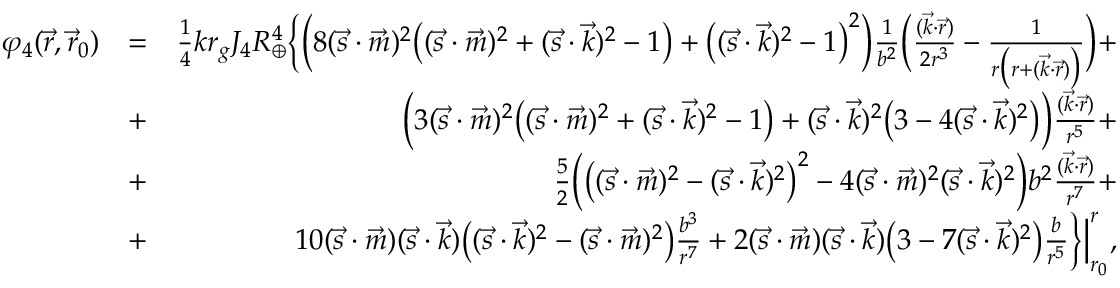
\begin{array} { r l r } { \varphi _ { 4 } ( \vec { r } , \vec { r } _ { 0 } ) } & { = } & { { \textstyle \frac { 1 } { 4 } } k r _ { g } J _ { 4 } R _ { \oplus } ^ { 4 } \Big \{ \Big ( 8 ( \vec { s } \cdot \vec { m } ) ^ { 2 } \big ( ( { \vec { s } } \cdot { \vec { m } } ) ^ { 2 } + ( { \vec { s } } \cdot { \vec { k } } ) ^ { 2 } - 1 \big ) + \big ( ( { \vec { s } } \cdot { \vec { k } } ) ^ { 2 } - 1 \big ) ^ { 2 } \Big ) \frac { 1 } { b ^ { 2 } } \Big ( \frac { ( \vec { k } \cdot \vec { r } ) } { 2 r ^ { 3 } } - \frac { 1 } { r \big ( r + ( { \vec { k } } \cdot { \vec { r } } ) \big ) } \Big ) + } \\ & { + } & { \Big ( 3 ( \vec { s } \cdot \vec { m } ) ^ { 2 } \big ( ( { \vec { s } } \cdot { \vec { m } } ) ^ { 2 } + ( { \vec { s } } \cdot { \vec { k } } ) ^ { 2 } - 1 \big ) + ( { \vec { s } } \cdot { \vec { k } } ) ^ { 2 } \big ( 3 - 4 ( { \vec { s } } \cdot { \vec { k } } ) ^ { 2 } \big ) \Big ) \frac { ( \vec { k } \cdot \vec { r } ) } { r ^ { 5 } } + } \\ & { + } & { { \textstyle \frac { 5 } { 2 } } \Big ( \big ( ( { \vec { s } } \cdot { \vec { m } } ) ^ { 2 } - ( { \vec { s } } \cdot { \vec { k } } ) ^ { 2 } \big ) ^ { 2 } - 4 ( { \vec { s } } \cdot { \vec { m } } ) ^ { 2 } ( { \vec { s } } \cdot { \vec { k } } ) ^ { 2 } \Big ) b ^ { 2 } \frac { ( \vec { k } \cdot \vec { r } ) } { r ^ { 7 } } + } \\ & { + } & { 1 0 ( { \vec { s } } \cdot { \vec { m } } ) ( { \vec { s } } \cdot { \vec { k } } ) \big ( ( { \vec { s } } \cdot { \vec { k } } ) ^ { 2 } - ( { \vec { s } } \cdot { \vec { m } } ) ^ { 2 } \big ) \frac { b ^ { 3 } } { r ^ { 7 } } + 2 ( { \vec { s } } \cdot { \vec { m } } ) ( { \vec { s } } \cdot { \vec { k } } ) \big ( 3 - 7 ( { \vec { s } } \cdot { \vec { k } } ) ^ { 2 } \big ) \frac { b } { r ^ { 5 } } \Big \} \Big | _ { r _ { 0 } } ^ { r } , } \end{array}